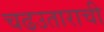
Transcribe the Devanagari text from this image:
चढउताराची